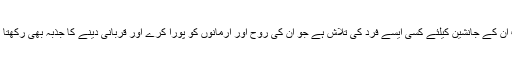
اب اُن کے جانشین کیلئے کسی ایسے فرد کی تلاش ہے جو ان کی روح اور ارمانوں کو پورا کرے اور قربانی دینے کا جذبہ بھی رکھتا ہو۔